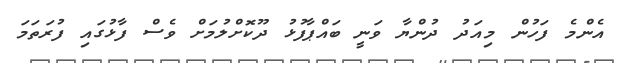
އެންމެ ފަހުން މިއަދު ދުންޔާ ވަނީ ބައްޕާފުޅު ދޫކޮށްލުމަށް ވެސް ފާޅުގައި ފުރަތަމަ